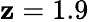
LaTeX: \mathbf{z}=1.9